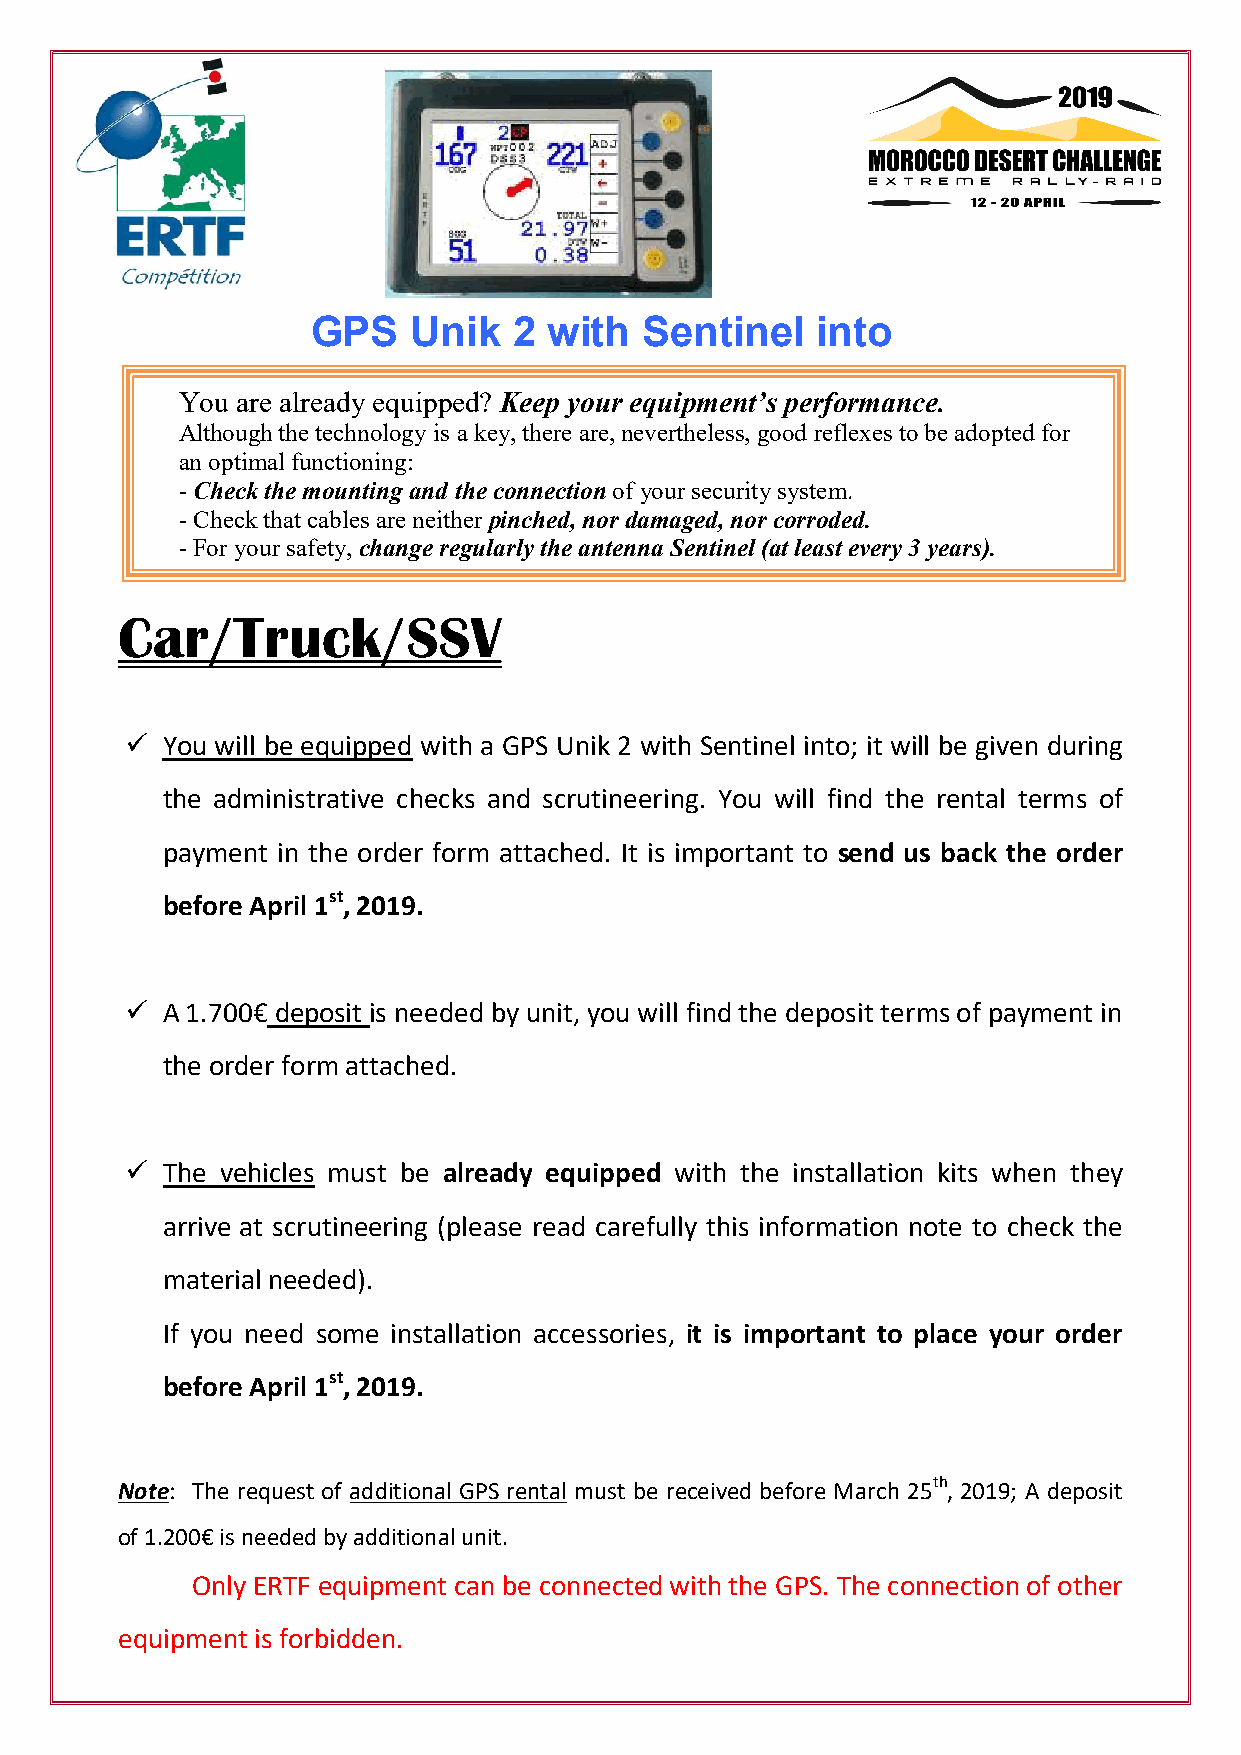
GPS   Unik   2 with   Sentinel   into
 You are already equipped? Keep your equipment’s performance.
 Although the technology is a key, there are, nevertheless, good reflexes to be adopted for
 an optimal functioning:
 - Check the mounting and the connection of your security system.
 - Check that cables are neither pinched, nor damaged, nor corroded.
 - For your safety, change regularly the antenna Sentinel (at least every 3 years).
 Car/Truck/SSV
   You will be equipped with a GPS Unik 2 with Sentinel into; it will be given during
 the administrative checks and scrutineering. You will find the rental terms of
 payment in the order form attached. It is important to send us back the order
 before April 1st, 2019.
   A 1.700€ deposit is needed by unit, you will find the deposit terms of payment in
 the order form attached.
   The vehicles must be already equipped with the installation kits when they
 arrive at scrutineering (please read carefully this information note to check the
 material needed).
 If you need some installation accessories, it is important to place your order
 before April 1st, 2019.
 Note: The request of additional GPS rental must be received before March 25th, 2019; A deposit
 of 1.200€ is needed by additional unit.
 Only ERTF equipment can be connected with the GPS. The connection of other
 equipment is forbidden.